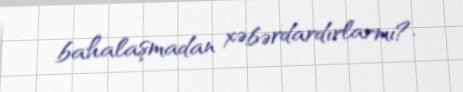
bahalaşmadan xəbərdardırlarmı?.